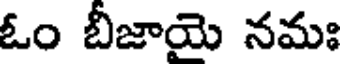
ఓం బీజాయె నమః